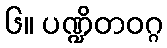
၆။ ပဏ္ဍိတဝဂ္ဂ